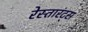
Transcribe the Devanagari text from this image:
रेस्तारंट्स